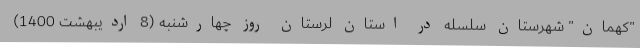
"کهمان" شهرستان سلسله در استان لرستان روز چهارشنبه (8 اردیبهشت 1400)